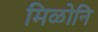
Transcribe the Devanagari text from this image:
मिळोनि